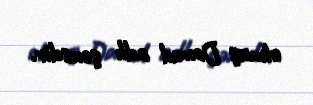
olmuş Davud adlı şəxsdir.